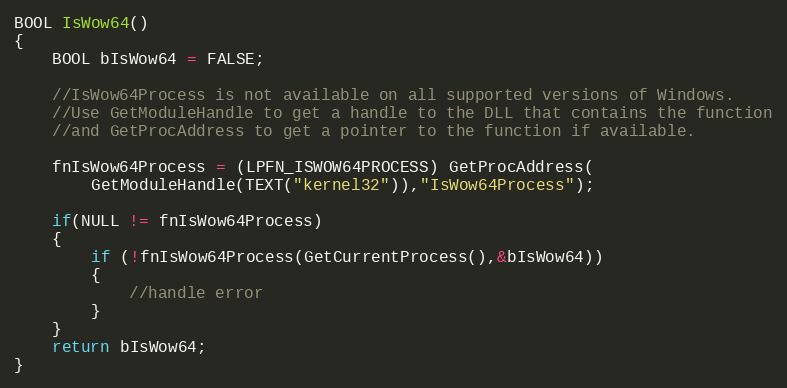
Language: C++
BOOL IsWow64()
{
    BOOL bIsWow64 = FALSE;

    //IsWow64Process is not available on all supported versions of Windows.
    //Use GetModuleHandle to get a handle to the DLL that contains the function
    //and GetProcAddress to get a pointer to the function if available.

    fnIsWow64Process = (LPFN_ISWOW64PROCESS) GetProcAddress(
        GetModuleHandle(TEXT("kernel32")),"IsWow64Process");

    if(NULL != fnIsWow64Process)
    {
        if (!fnIsWow64Process(GetCurrentProcess(),&bIsWow64))
        {
            //handle error
        }
    }
    return bIsWow64;
}